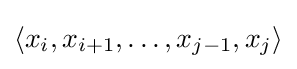
\langle x_{i},x_{i+1},\dots ,x_{j-1},x_{j}\rangle